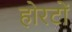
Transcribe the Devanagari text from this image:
होरटों